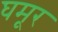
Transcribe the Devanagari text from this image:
घमूर